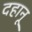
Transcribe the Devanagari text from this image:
दहानू